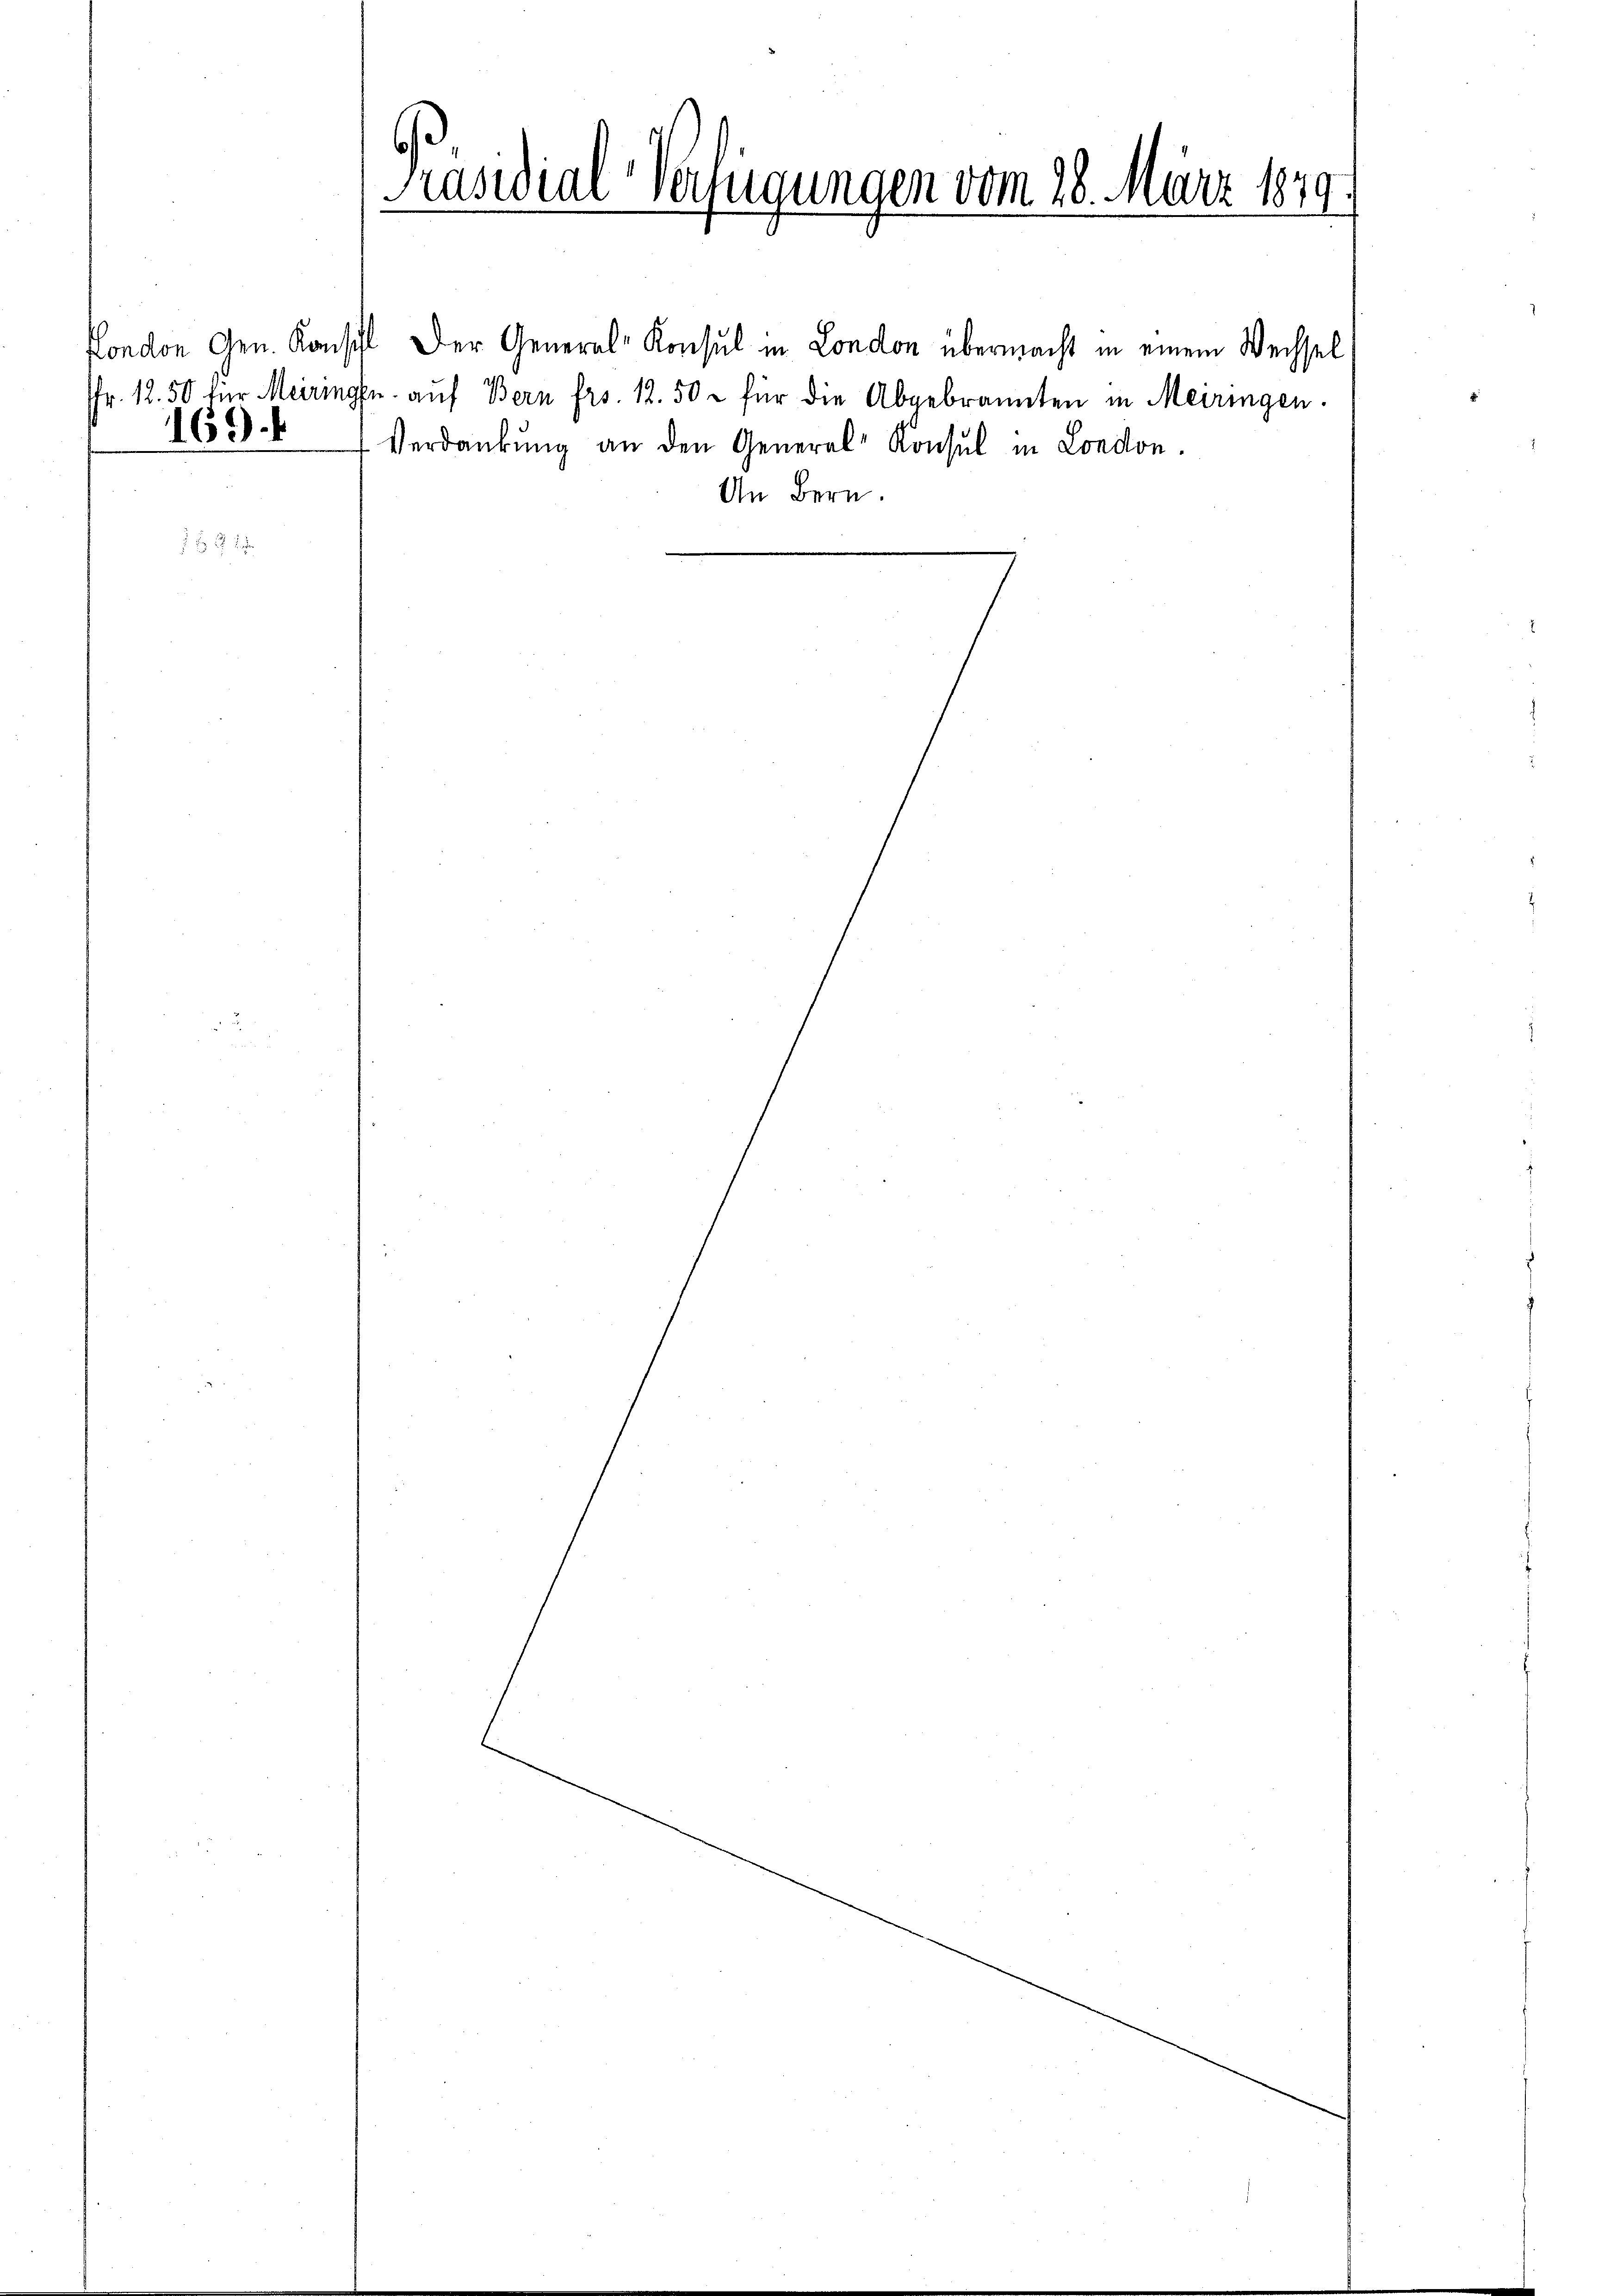
Präsidial-Verfügungen vom 28. März 1879.

London Gen. Konsil. Der General-Konsul in London übermacht in einem Wechsel
fr. 12. 50 für Meiringen aŭf Bern frs. 12.50 - für die Abgebrannten in Meiringen.
163. " Verdankŭng an den General-Konsul in London.
An Bern